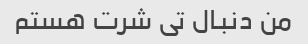
من دنبال تی شرت هستم